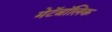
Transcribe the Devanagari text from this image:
मेटॅबॉलिक